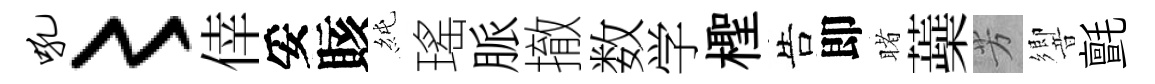
吼〻倖妥賅純瑤脈撤数学檉告即睹蘃芳響氈